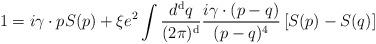
LaTeX: \begin{align*}1= i\gamma\cdot p S(p) + \xi e^2 \int \frac{d^{\rm d}q}{(2\pi)^{\rm d}}\frac{i\gamma\cdot (p-q)}{(p-q)^4}\left[ S(p) - S(q)\right]\end{align*}